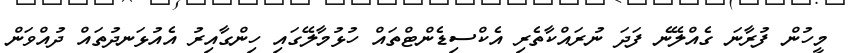
މީހުން ފުރާނަ ގެއްލޭނެ ފަދަ ނުރައްކާތެރި އެކްސިޑެންޓްތައް ހުޅުމާލޭގައި ހިންގާއިރު އެއުޅަނދުތައް ދުއްވަން